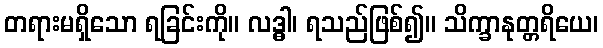
တရားမရှိသော ရခြင်းကို။ လဒ္ဓါ၊ ရသည်ဖြစ်၍။ သိက္ခာနုတ္တရိယေ၊